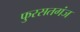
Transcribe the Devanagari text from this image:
फुरसतगंज